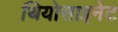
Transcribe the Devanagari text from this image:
थियोसाइनेट